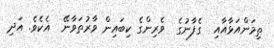
ތިމަންއަޅާއާއި  ގެފާނުގެ  ވެރިންގެ ކިބައިން ވާރުތަވާނޭ  އެކެވެ. އަދި